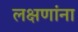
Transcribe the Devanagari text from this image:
लक्षणांना